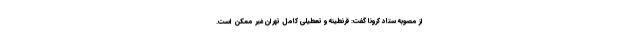
از مصوبه ستاد کرونا گفت: قرنطینه و تعطیلی کامل تهران غیر ممکن است.